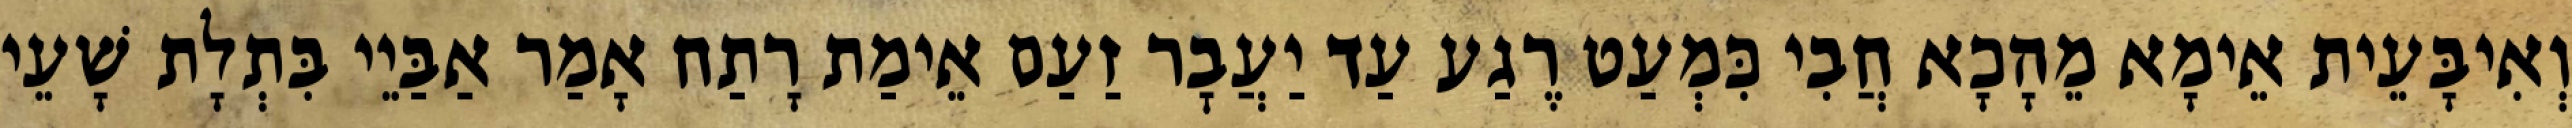
וְאִיבָּעֵית אֵימָא מֵהָכָא חֲבִי כִּמְעַט רֶגַע עַד יַעֲבׇר זַעַם אֵימַת רָתַח אָמַר אַבַּיֵי בִּתְלָת שָׁעֵי